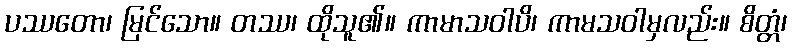
ပဿတော၊ မြင်သော။ တဿ၊ ထိုသူ၏။ ကာမာသဝါပိ၊ ကာမသဝါမှလည်း။ စိတ္တံ၊